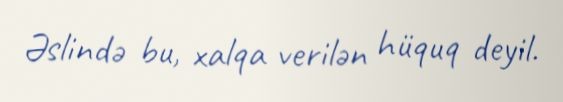
Əslində bu, xalqa verilən hüquq deyil.